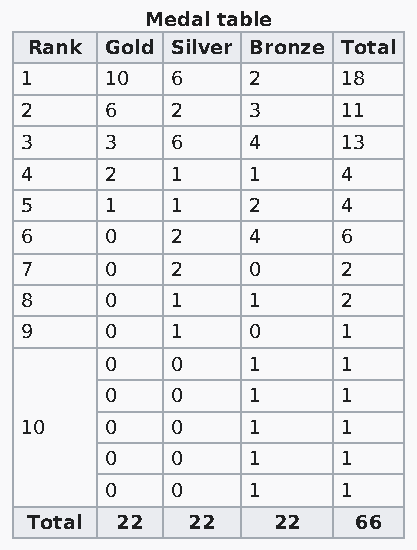
Medal table
 Rank Gold Silver Bronze Total
 1     10  6    2      18
 2     6   2    3      11
 3     3   6    4      13
 4     2   1    1      4
 5     1   1    2      4
 6     0   2    4      6
 7     0   2    0      2
 8     0   1    1      2
 9     0   1    0      1
 0   0    1      1
 0   0    1      1
 10    0   0    1      1
 0   0    1      1
 0   0    1      1
 Total 22  22    22    66